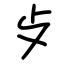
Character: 歺